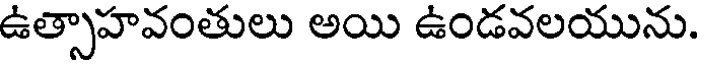
ఉత్సాహవంతులు అయి ఉండవలయును.